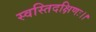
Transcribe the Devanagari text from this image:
स्वस्तिदक्षिणः।।